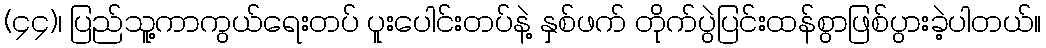
(၄၄)၊ ပြည်သူ့ကာကွယ်ရေးတပ် ပူးပေါင်းတပ်နဲ့ နှစ်ဖက် တိုက်ပွဲပြင်းထန်စွာဖြစ်ပွားခဲ့ပါတယ်။